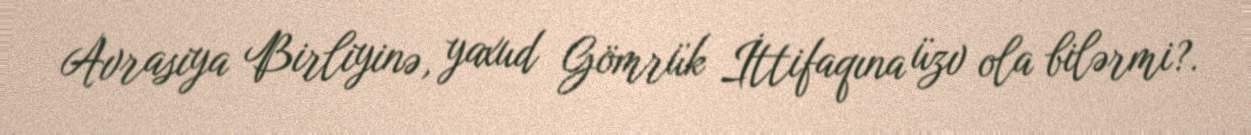
Avrasiya Birliyinə, yaxud Gömrük İttifaqına üzv ola bilərmi?.